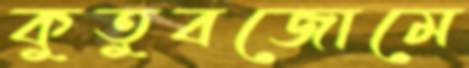
কুতুবজোমে